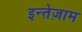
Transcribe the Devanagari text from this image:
इन्तेज़ाम